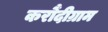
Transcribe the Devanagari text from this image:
करौंदीग्राम